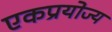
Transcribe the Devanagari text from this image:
एकप्रयोज्य